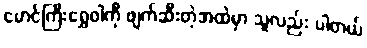
မောင်ကြီးရွှေဝါကို ဖျက်ဆီးတဲ့အထဲမှာ သူလည်း ပါတယ်